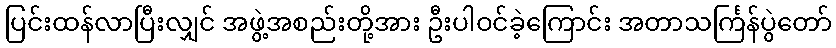
ပြင်းထန်လာပြီးလျှင် အဖွဲ့အစည်းတို့အား ဦးပါဝင်ခဲ့ကြောင်း အတာသင်္ကြန်ပွဲတော်